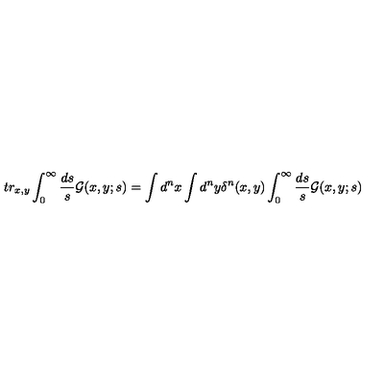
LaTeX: t r _ { x , y } \int _ { 0 } ^ { \infty } \frac { d s } { s } { \cal G } ( x , y ; s ) = \int d ^ { n } x \int d ^ { n } y \delta ^ { n } ( x , y ) \int _ { 0 } ^ { \infty } \frac { d s } { s } { \cal G } ( x , y ; s )